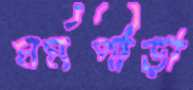
মর্মপীড়া